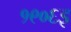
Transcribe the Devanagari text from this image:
१९०६इ